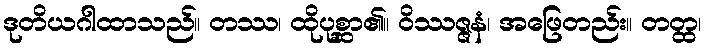
ဒုတိယဂါထာသည်။ တဿ၊ ထိုပုစ္ဆာ၏။ ဝိဿဇ္ဇနံ၊ အဖြေတည်း။ တတ္ထ၊